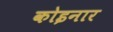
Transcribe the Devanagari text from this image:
कोइनार